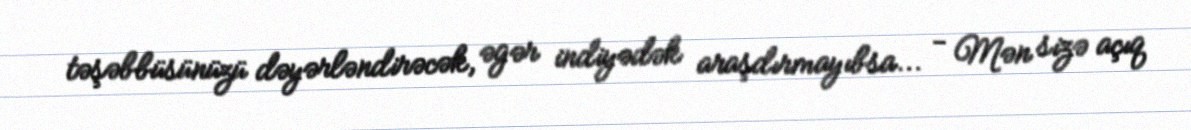
təşəbbüsünüzü dəyərləndirəcək, əgər indiyədək araşdırmayıbsa... - Mən sizə açıq